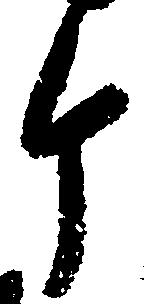
ケ